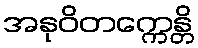
အနုဝိတက္ကေန္တိ